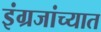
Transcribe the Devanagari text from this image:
इंग्रजांच्यात